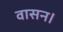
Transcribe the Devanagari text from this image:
वासन।